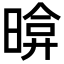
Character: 𣉂